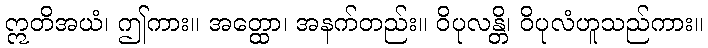
ဣတိအယံ၊ ဤကား။ အတ္ထော၊ အနက်တည်း။ ဝိပုလန္တိ၊ ဝိပုလံဟူသည်ကား။